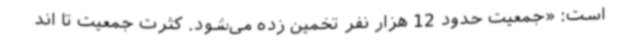
است: «جمعیت حدود 12 هزار نفر تخمین ‌زده می‌شود. کثرت جمعیت تا اند